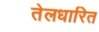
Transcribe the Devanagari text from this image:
तेलधारित